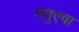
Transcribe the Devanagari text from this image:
क्युएवा